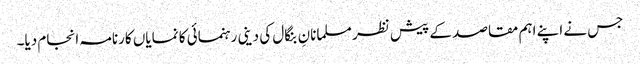
جس نے اپنے اہم مقاصد کے پیش نظر مسلمانانِ بنگال کی دینی رہنمائی کا نمایاں کارنامہ انجام دیا۔